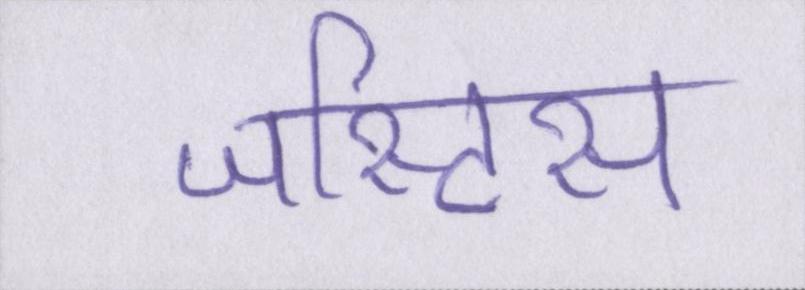
जस्टिस